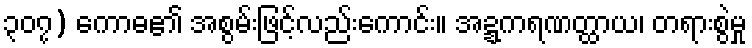
၃၀၇) ကောဓ၏ အစွမ်းဖြင့်လည်းကောင်း။ အဍ္ဍကရဏတ္ထာယ၊ တရားစွဲမှု